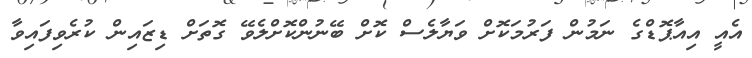
އެއީ އިއާޕޮޑްގެ ނަމުން ފަރުމަކޮށް ވަޔާލެސް ކޮށް ބޭނުންކޮށްލެވޭ ގޮތަށް ޑިޒައިން ކުރެވިފައިވާ